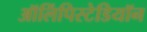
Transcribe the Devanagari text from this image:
ऑलिंपिस्टेडियॉन